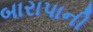
બારાપાની